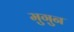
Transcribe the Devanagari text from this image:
मुगुन